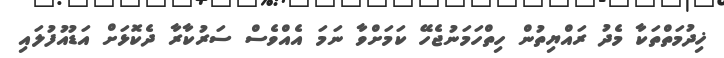
ޚިދުމަތްތަކާ މެދު ރައްޔިތުން ހިތްހަމަނުޖެހޭ ކަމަށްވާ ނަމަ އެއްވެސް ސަރުކާރާ ދެކޮޅަށް އަޑުއުފުލައި